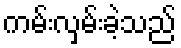
ကမ်းလှမ်းခဲ့သည်